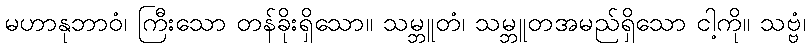
မဟာနုဘာဝံ၊ ကြီးသော တန်ခိုးရှိသော။ သမ္ဘူတံ၊ သမ္ဘူတအမည်ရှိသော ငါ့ကို။ သဗ္ဗံ၊